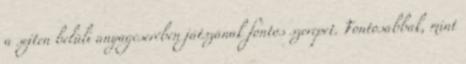
a sejten belüli anyagcserében játszanak fontos szerepet. Fontosabbak, mint